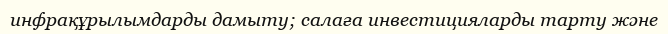
инфрақұрылымдарды дамыту; салаға инвестицияларды тарту және